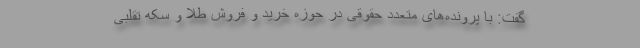
گفت: با پرونده‌های متعدد حقوقی در حوزه خرید و فروش طلا و سکه تقلبی